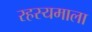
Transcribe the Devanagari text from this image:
रहस्यमाला